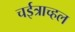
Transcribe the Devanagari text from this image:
चईत्राच्हल